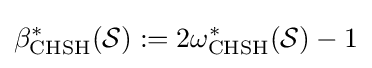
\beta _{\text{CHSH}}^{*}({\mathcal {S}}):=2\omega _{\text{CHSH}}^{*}({\mathcal {S}})-1